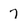
Character: 7